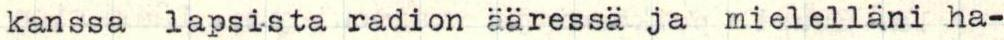
kanssa lapsista radion ääressä ja mielelläni ha-